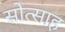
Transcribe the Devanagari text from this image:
सोत्साह